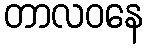
တာလဝနေ